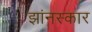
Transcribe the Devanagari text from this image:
झांनस्कार